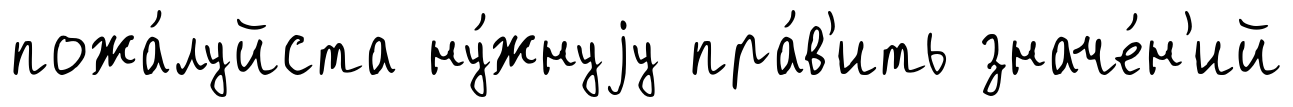
пожа́луйста ну́жнуjу пра́в'ить значе́н'ий